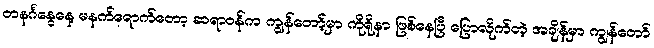
တနင်္ဂနွေနေ့ မနက်ရောက်တော့ ဆရာဝန်က ကျွန်တော့်မှာ ကိုရိုနာ ဖြစ်နေပြီ ပြောလိုက်တဲ့ အချိန်မှာ ကျွန်တော်